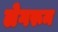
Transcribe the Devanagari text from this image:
लेगरूम